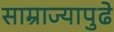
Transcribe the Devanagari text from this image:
साम्राज्यापुढे